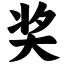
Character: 奖